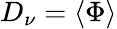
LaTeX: D_{\nu}=\langle\Phi\rangle